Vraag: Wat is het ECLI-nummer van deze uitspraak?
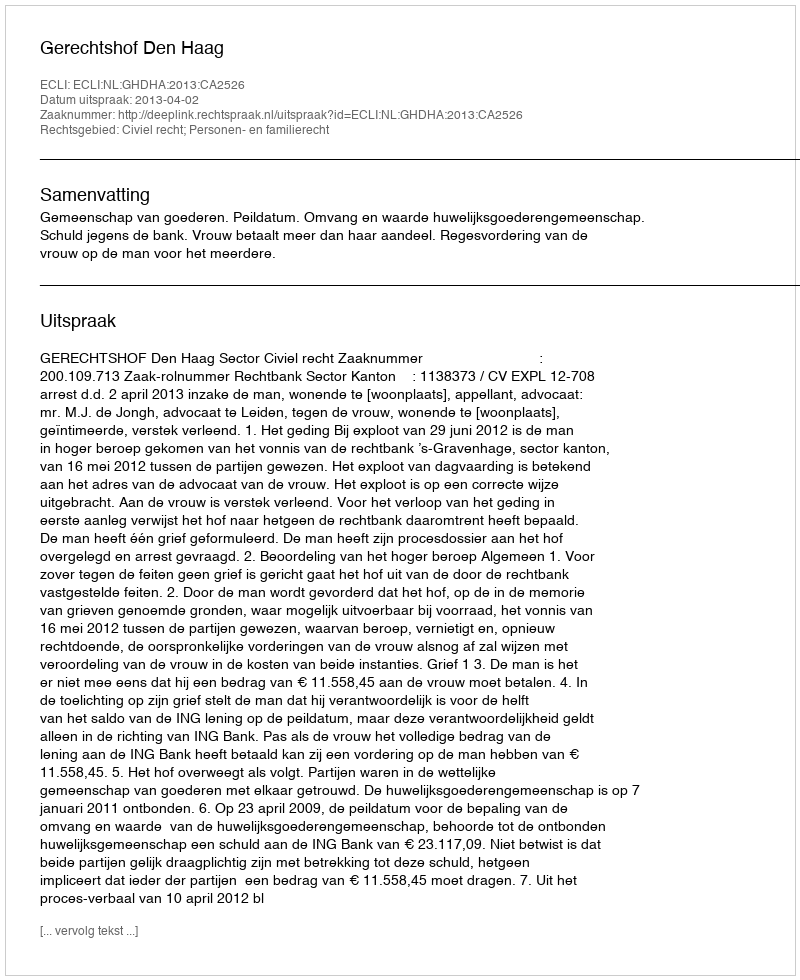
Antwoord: ECLI:NL:GHDHA:2013:CA2526